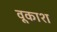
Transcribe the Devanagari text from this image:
वूकाश